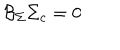
{ \cal B } _ { \Sigma } \Sigma _ { c } = 0